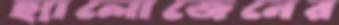
হ্যালোজেনের